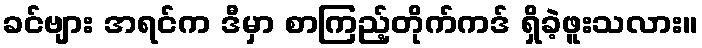
ခင်ဗျား အရင်က ဒီမှာ စာကြည့်တိုက်ကဒ် ရှိခဲ့ဖူးသလား။